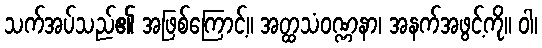
သက်အပ်သည်၏ အဖြစ်ကြောင့်။ အတ္ထသံဝဏ္ဏနာ၊ အနက်အဖွင့်ကို။ ဝါ၊